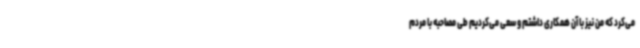
می‌کرد که من نیز با آن همکاری داشتم و سعی می‌کردیم طی مصاحبه با مردم